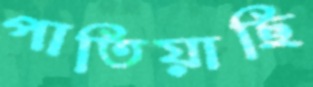
পাতিয়াছি